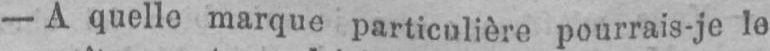
- A quelle marque particulière pourrais-je Io